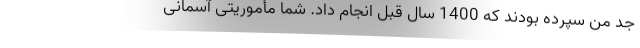
جد من سپرده بودند که 1400 سال قبل انجام داد. شما مأموریتی آسمانی